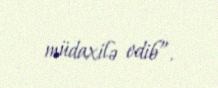
müdaxilə edib”.